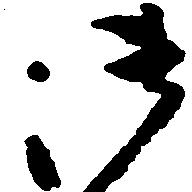
御